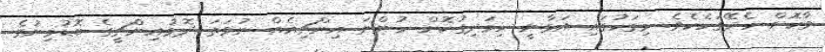
ވާކޮށް ހެދޭގަހެކެވެ. މިގަހުގައި އަޅާނީ ހިމަދިގުކޮށް ހުންނަ އިންޗިއެއް ނުވަތަ ދޮޅުއިންޗީގެ ބޮޑުމިނުގެ